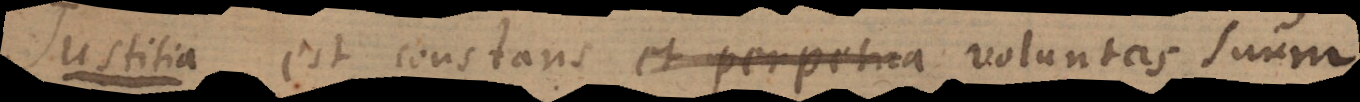
i a est constans et perpetua voluntas